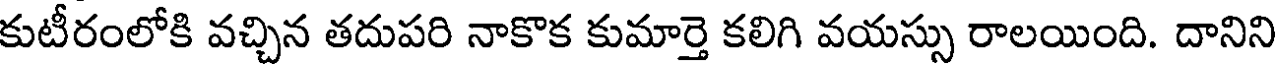
కుటీరంలోకి వచ్చిన తదుపరి నాకొక కుమార్తె కలిగి వయస్సు రాలయింది. దానిని